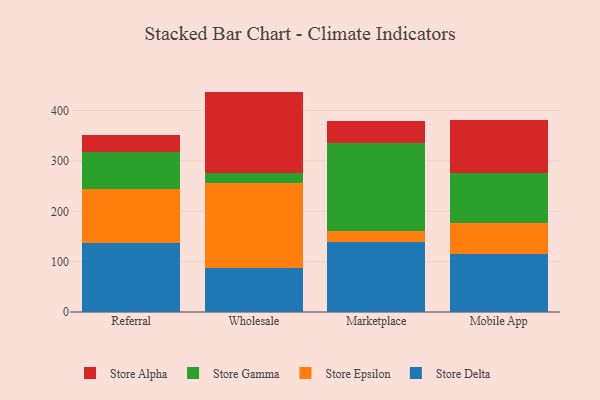
{"axis": {"x": "Channel", "y": "Customer Acquisition Cost (USD)"}, "legend": ["Store Alpha", "Store Delta", "Store Epsilon", "Store Gamma"], "data": [{"x": "Referral", "y": 136.1, "type": "Store Delta"}, {"x": "Referral", "y": 108.3, "type": "Store Epsilon"}, {"x": "Referral", "y": 72.7, "type": "Store Gamma"}, {"x": "Referral", "y": 34.4, "type": "Store Alpha"}, {"x": "Wholesale", "y": 87.9, "type": "Store Delta"}, {"x": "Wholesale", "y": 169.2, "type": "Store Epsilon"}, {"x": "Wholesale", "y": 19.7, "type": "Store Gamma"}, {"x": "Wholesale", "y": 161.0, "type": "Store Alpha"}, {"x": "Marketplace", "y": 139.6, "type": "Store Delta"}, {"x": "Marketplace", "y": 22.3, "type": "Store Epsilon"}, {"x": "Marketplace", "y": 172.9, "type": "Store Gamma"}, {"x": "Marketplace", "y": 44.1, "type": "Store Alpha"}, {"x": "Mobile App", "y": 115.4, "type": "Store Delta"}, {"x": "Mobile App", "y": 61.3, "type": "Store Epsilon"}, {"x": "Mobile App", "y": 98.7, "type": "Store Gamma"}, {"x": "Mobile App", "y": 106.9, "type": "Store Alpha"}]}